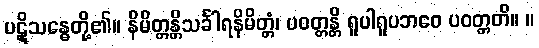
ပဋိုသန္ဓေတို့၏။ နိမိတ္တန္တိသင်္ခါရနိမိတ္တံ၊ ပဝတ္တန္တိ ရူပါရူပဘဝေ ပဝတ္တတိ။ ။